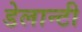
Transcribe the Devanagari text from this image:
डेलान्टी